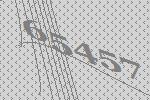
65457